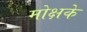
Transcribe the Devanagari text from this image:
मोक्षके